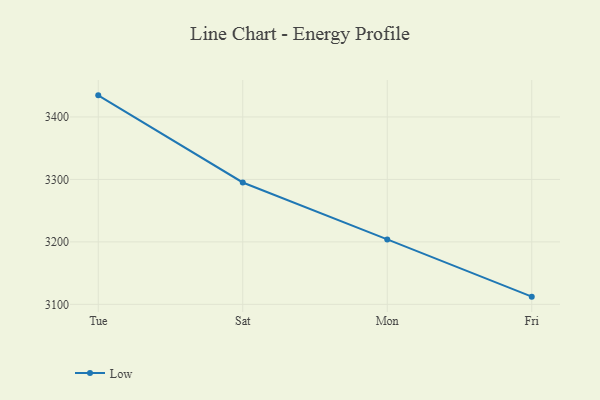
{"axis": {"x": "Day", "y": "Bounce Rate (%)"}, "legend": ["Low"], "data": [{"x": "Tue", "y": 3434.6, "type": "Low"}, {"x": "Sat", "y": 3295.1, "type": "Low"}, {"x": "Mon", "y": 3203.9, "type": "Low"}, {"x": "Fri", "y": 3112.3, "type": "Low"}]}